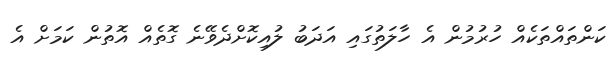
ކަންތައްތަކެއް ހުރުމުން އެ ހާލަތުގައި އަދަބު ލުއިކޮށްދެވޭނެ ގޮތެއް އޮތުން ކަމަށް އެ